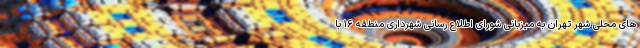
های محلی شهر تهران به میزبانی شورای اطلاع رسانی شهرداری منطقه ۱۶ با